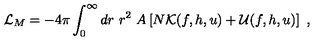
{ \cal L } _ { M } = - 4 \pi \int _ { 0 } ^ { \infty } d r \ r ^ { 2 } \ A \left[ N { \cal { K } } ( f , h , u ) + { \cal { U } } ( f , h , u ) \right] \ ,